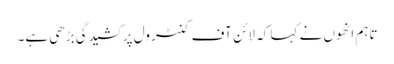
تاہم انھوں نے کہا کہ لائن آف کنٹرول پر کشیدگی بڑھی ہے۔